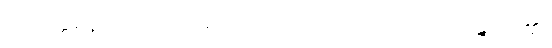
ပရိဝတ္တနောတိ၊ ကား။ ဒဒတော၊ အား။ ပုညံ၊ သည်။ ပဝဍ္ဎတိ၊ ၏။